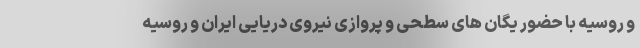
و روسیه با حضور یگان های سطحی و پروازی نیروی دریایی ایران و روسیه